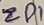
Text: ZD1